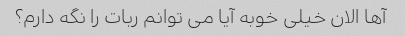
آها الان خیلی خوبه آیا می توانم ربات را نگه دارم؟